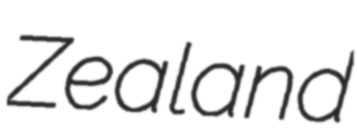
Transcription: Zealand